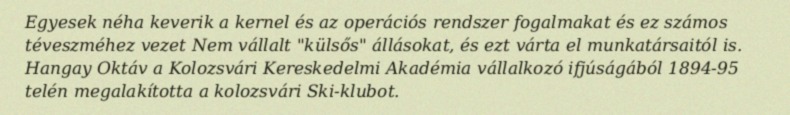
Egyesek néha keverik a kernel és az operációs rendszer fogalmakat és ez számos téveszméhez vezet Nem vállalt "külsős" állásokat, és ezt várta el munkatársaitól is. Hangay Oktáv a Kolozsvári Kereskedelmi Akadémia vállalkozó ifjúságából 1894-95 telén megalakította a kolozsvári Ski-klubot.